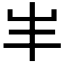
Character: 𡴀